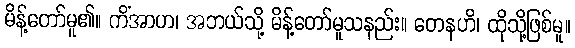
မိန့်တော်မူ၏။ ကိံအာဟ၊ အဘယ်သို့ မိန့်တော်မူသနည်း။ တေနဟိ၊ ထိုသို့ဖြစ်မူ။